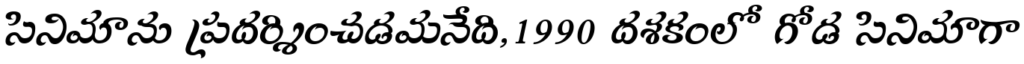
సినిమాను ప్రదర్శించడమనేది,1990 దశకంలో గోడ సినిమాగా